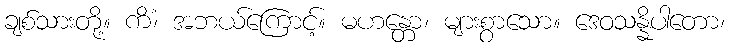
ချစ်သားတို့။ ကိံ၊ အဘယ်ကြောင့်။ မဟန္တော၊ များစွာသော။ ဒေဝသန္နိပါတော၊